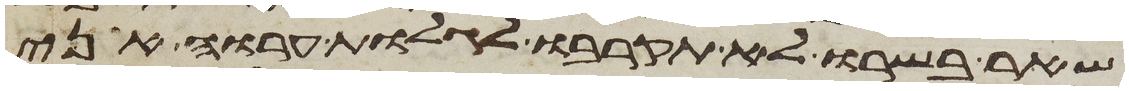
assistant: שאר בשרו לא תקרבו לגלות ערוה אני